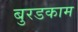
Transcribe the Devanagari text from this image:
बुरडकाम